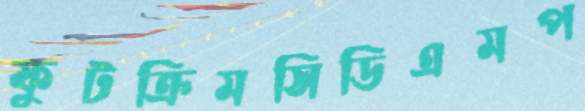
ফুটক্রিমসিডিএমপ